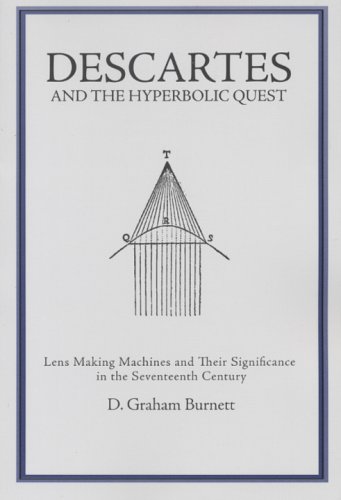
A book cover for Descartes And The Hyperbolic Quest: Lens Making Machines And Their Significance In The Seventeenth Century (Transactions of the American Philosophical Society); D. Graham Burnett; Science & Math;